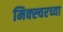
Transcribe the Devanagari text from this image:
मिक्स्चरच्या